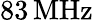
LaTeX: {83}\, \mathrm{MHz}